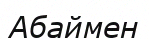
Абаймен